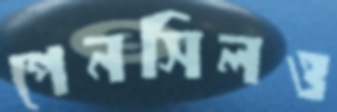
পেনসিলও